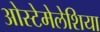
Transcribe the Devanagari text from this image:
ओस्टेमेलेशिया